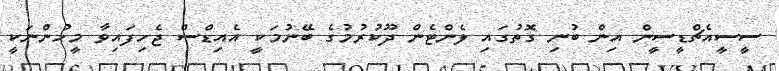
ސީސީއެޗްޑީސީން އިން ބުނި ގޮތުގައި ލެންޓެން ދޫކުރުމުގެ ބޭނުމަކީ އެއިޑްސް ޖެހިފައިވާ މީހުންނަކީ